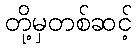
တို့မှတစ်ဆင့်